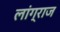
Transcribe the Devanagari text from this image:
लांग्राज